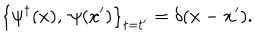
\left\{ \psi ^ { \dagger } ( x ) , ~ \psi ( x ^ { \prime } ) \right\} _ { t = t ^ { \prime } } = \delta ( { \bf x } - { \bf x } ^ { \prime } ) .